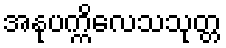
အနုပက္ကိလေသသုတ္တ